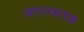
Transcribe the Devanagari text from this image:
आपज्जनक